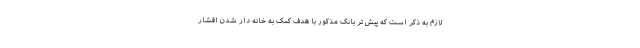
لازم به ذکر است که پیش تر بانک مذکور با هدف کمک به خانه دار شدن اقشار